Annual statistical returns and brief notes on vaccination in Bengal - 1896-1909
Year: 1896
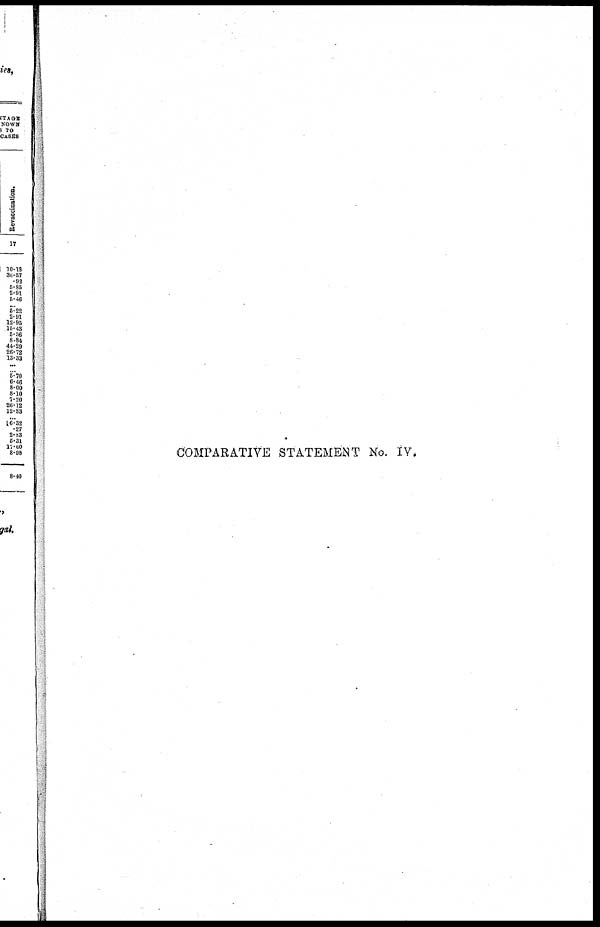
COMPARATIVE STATEMENT No. IV.